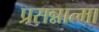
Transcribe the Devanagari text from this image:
प्रसन्नात्मा